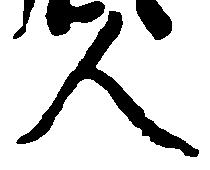
人